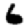
Digit: 6